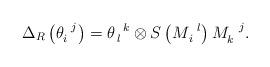
LaTeX: \begin{align*}\Delta _{R}\left( \theta _{i}^{\,\,\,\,j}\right) =\theta_{\,l}^{\,\,\,\,k}\otimes S\left( M_{\,i}^{\,\,\,\,l}\right)M_{k}^{\,\,\,\,\,j}.\end{align*}